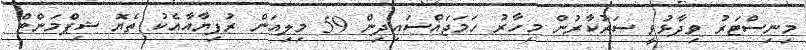
މިނިސްޓަރު ވިދާޅުވީ ސަރުކާރުން މިހާރު ހަމަޖައްސައިދިން 59 މިލިއަން ރުފިޔާއާއެކު ތެޔޮ ޝިޕްމަންޓް